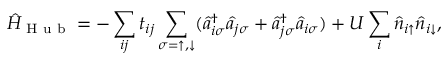
\hat { H } _ { \textrm { H u b } } = - \sum _ { i j } t _ { i j } \sum _ { \sigma = \uparrow , \downarrow } ( \hat { a } _ { i \sigma } ^ { \dag } \hat { a } _ { j \sigma } + \hat { a } _ { j \sigma } ^ { \dag } \hat { a } _ { i \sigma } ) + U \sum _ { i } \hat { n } _ { i \uparrow } \hat { n } _ { i \downarrow } ,